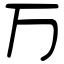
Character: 万